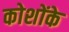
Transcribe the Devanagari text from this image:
कोशोंके